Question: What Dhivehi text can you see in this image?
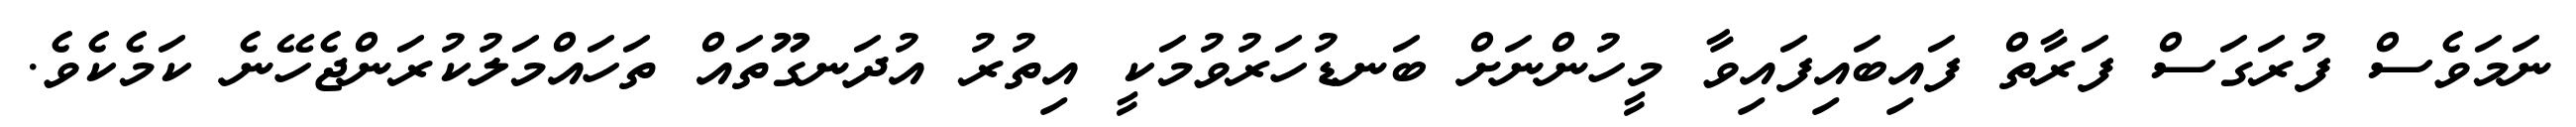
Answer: ނަމަވެސް ފުރަގަސް ފަރާތް ފައިބައިފައިވާ މީހުންނަށް ބަނޑުހަރުވުމަކީ އިތުރު އުދަނގޫތައް ތަހައްމަލުކުރަންޖެހޭނެ ކަމެކެވެ.